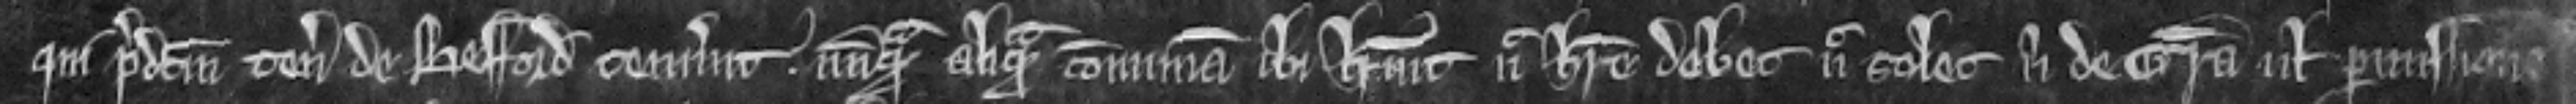
qui predictum tenementem de Besford tenuerunt nunquam aliquam comunam ibi habuit nec habere debet nec solet nisi de gracia vel permissione